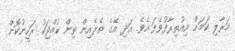
މަރާލި ކަމަށް އިއުތިރާފުވެފަ އެވެ. އަދި އޭގެ ތެރެއިން ތިން ކުއްޖަކު ރަހީނުކޮށް